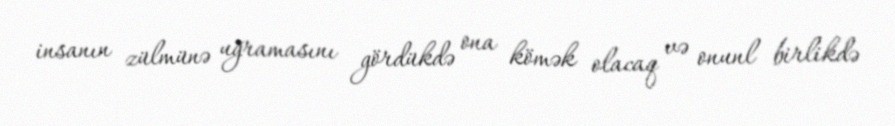
insanın zülmünə uğramasını gördükdə ona kömək olacaq və onunl birlikdə